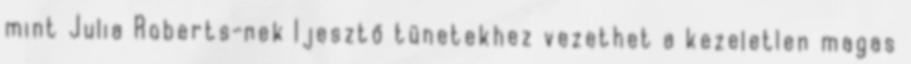
mint Julia Roberts-nek Ijesztő tünetekhez vezethet a kezeletlen magas